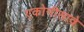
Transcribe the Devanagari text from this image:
एकोनीसावे